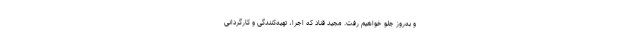
و به‌روز جلو خواهیم رفت. مجید قناد که اجرا، تهیه‌کنندگی و کارگردانی